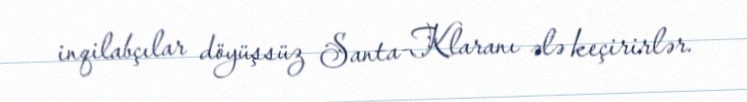
inqilabçılar döyüşsüz Santa-Klaranı ələ keçirirlər.